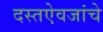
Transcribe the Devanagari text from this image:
दस्तऐवजांचे